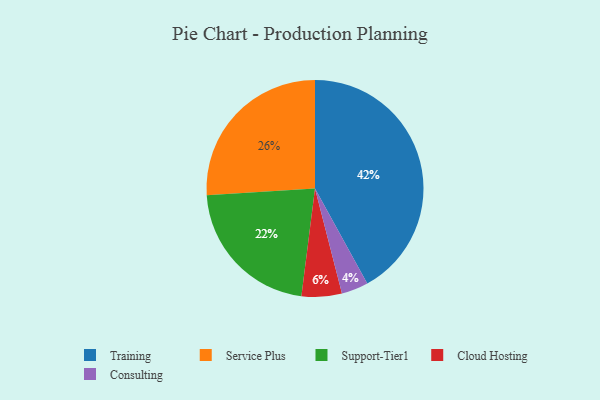
{"axis": {"x": "Category", "y": "Percentage"}, "legend": ["Cloud Hosting", "Consulting", "Service Plus", "Support-Tier1", "Training"], "data": [{"x": "Consulting", "y": 4, "type": "Consulting"}, {"x": "Cloud Hosting", "y": 6, "type": "Cloud Hosting"}, {"x": "Service Plus", "y": 26, "type": "Service Plus"}, {"x": "Support-Tier1", "y": 22, "type": "Support-Tier1"}, {"x": "Training", "y": 42, "type": "Training"}]}